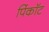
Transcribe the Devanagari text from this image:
पिंकॉट